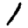
Digit: 1